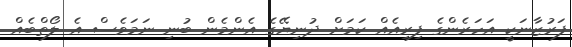
ފަރުޒާނަކީ އަހަރެންގެ ފިރިއެއް ކަމަށް ދުނިޔޭގެ އެންމެން ބުނި ނަމަވެސް އެ ލޯތްބެއް